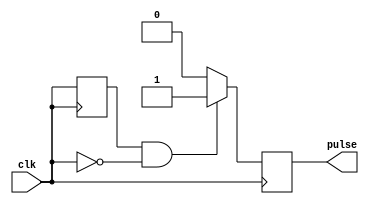
module FallingEdgePulseGenerator (
    input wire clk,
    output reg pulse
);

reg clk_prev;

always @(posedge clk) begin
    if (clk_prev && !clk) begin // detect falling edge
        pulse <= 1; // generate pulse
    end else begin
        pulse <= 0;
    end
    clk_prev <= clk;
end

endmodule